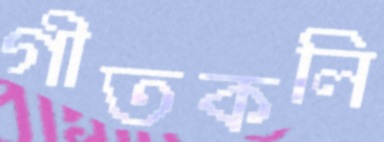
গীতকলি